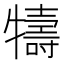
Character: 㹗